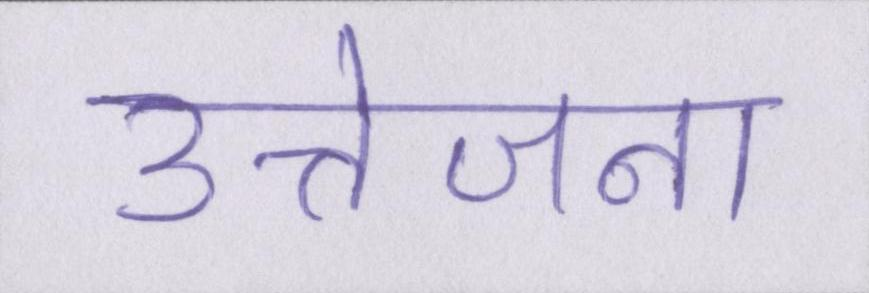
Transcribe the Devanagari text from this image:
उत्तेजना